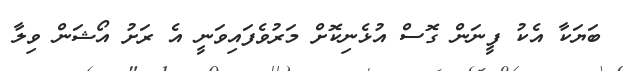
ބަޔަކާ އެކު ފީނަން ގޮސް އުޅެނިކޮށް މަރުވެފައިވަނީ އެ ރަށު އޯޝަން ވިލާ